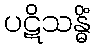
ပဋိသန္ဓိံ